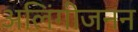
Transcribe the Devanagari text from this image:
अलिंगीजनन